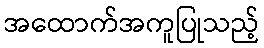
အထောက်အကူပြုသည့်